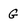
Character: g